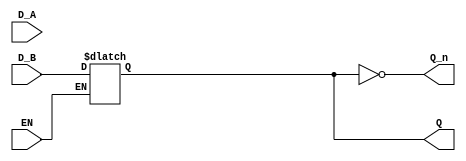
module dual_input_gated_latch (
    input wire D_A,      // Data Input A
    input wire D_B,      // Data Input B
    input wire EN,       // Enable signal
    output reg Q,        // Output Q
    output wire Q_n      // Complement of Q
);

// Complement of Q
assign Q_n = ~Q;

// Always block to implement the latch behavior
always @ (EN or D_A or D_B) begin
    if (EN) begin
        // When Enable is high, select which data input to latch
        // Here we can prioritize D_A over D_B or vice versa
        // Uncomment one of the following lines based on your selection criteria
        
        // Q = D_A; // Uncomment to prioritize D_A
        Q = D_B; // Uncomment to prioritize D_B
    end
    // if EN is low, Q retains its previous value (Latch behavior)
end

endmodule